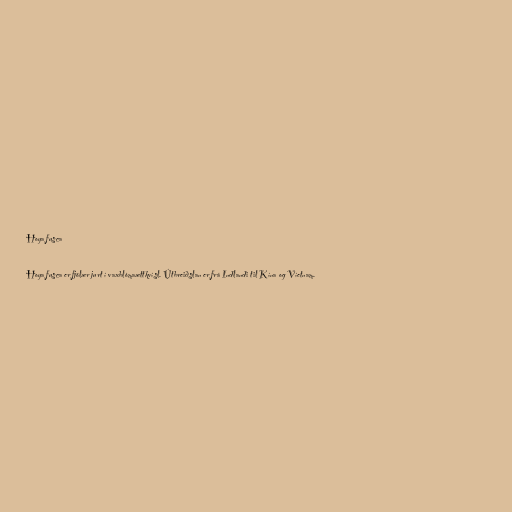
Hoya fusca

Hoya fusca er fjölær jurt í vaxblómaættkvísl. Útbreiðslan er frá Indlandi til Kína og Víetnam.